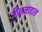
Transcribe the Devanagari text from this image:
विशनावास